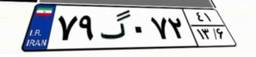
۷۹گ۰۷۲۴۱